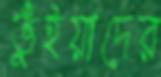
ভুঁইয়াদের